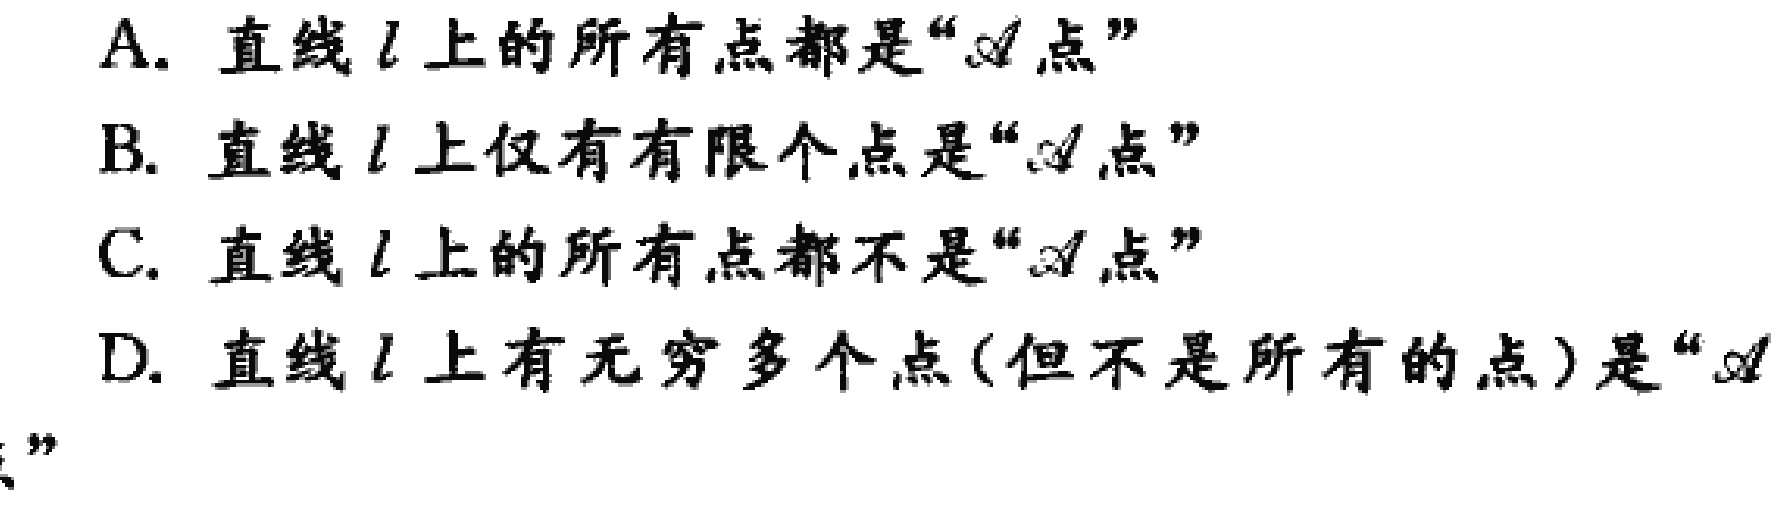
A. 直线\(l\)上的所有点都是“\(\mathscr{A}\)点”
B. 直线\(l\)上仅有有限个点是“\(\mathscr{A}\)点”
C. 直线\(l\)上的所有点都不是“\(\mathscr{A}\)点”
D. 直线\(l\)上有无穷多个点(但不是所有的点)是“\(\mathscr{A}\)”